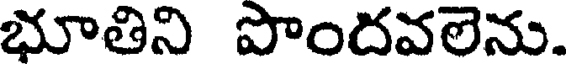
భూతిని పొందవలెను.